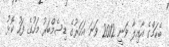
ބެކަމްގެ އާއިލާ ވަނީ 2012 ވަނަ އަހަރުގެ ޑިސެމްބަރު މަހުގެ ފަހު ކޮޅު